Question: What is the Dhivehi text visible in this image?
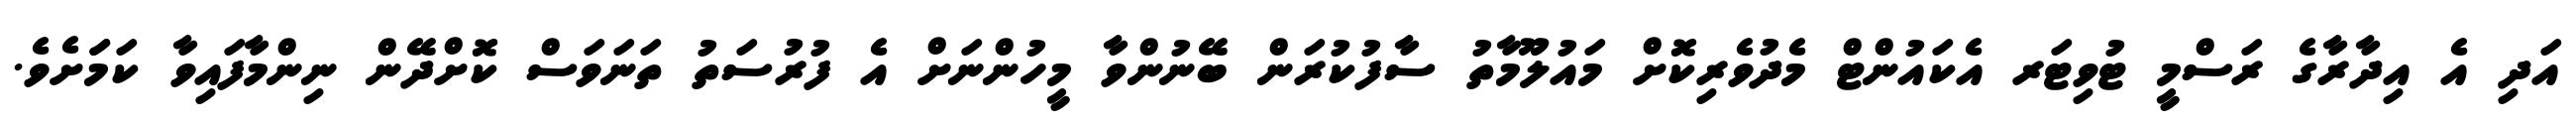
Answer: އަދި އެ އިދާރާގެ ރަސްމީ ޓުވިޓަރ އެކައުންޓް މެދުވެރިކޮށް މައުލޫމާތު ސާފުކުރަން ބޭނުންވާ މީހުންނަށް އެ ފުރުސަތު ތަނަވަސް ކޮށްދޭން ނިންމާފައިވާ ކަމަަށެވެ.